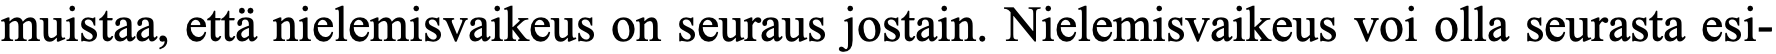
muistaa, että nielemisvaikeus on seuraus jostain. Nielemisvaikeus voi olla seurasta esi-